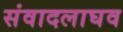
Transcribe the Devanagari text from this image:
संवादलाघव